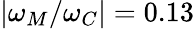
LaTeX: |\omega_{M}/\omega_{C}|=0.13